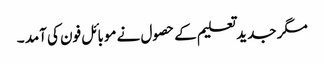
مگر جدید تعلیم کے حصول نے موبائل فون کی آمد ۔